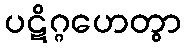
ပဋိဂ္ဂဟေတွာ